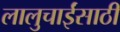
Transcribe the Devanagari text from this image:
लालुचाईंसाठीं